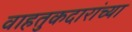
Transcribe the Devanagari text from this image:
वाहतुकदारांच्या